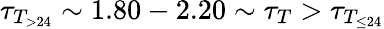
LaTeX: \tau_{T_{>24}}\sim 1.80-2.20\sim\tau_{T}>\tau_{T_{\le 24}}